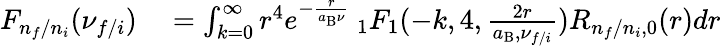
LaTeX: \begin{array}{rl}{F_{n_{f}/n_{i}}(\nu_{f/i})}&{{}=\int_{k=0}^{\infty}r^{4}e^{-\frac{r}{a_{\mathrm{B}}\nu}}\: _{1}F_{1}(-k,4,\frac{2r}{a_{\mathrm{B}},\nu_{f/i}})R_{n_{f}/n_{i},0}(r)dr}\end{array}